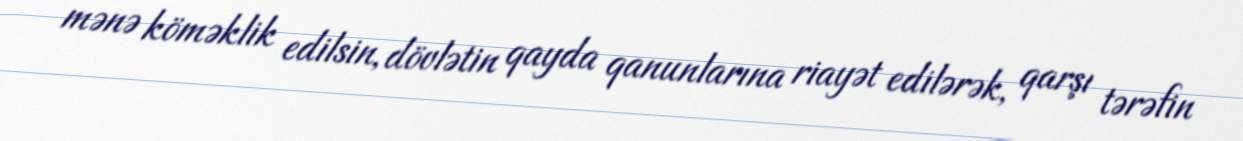
mənə köməklik edilsin, dövlətin qayda qanunlarına riayət edilərək, qarşı tərəfin